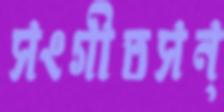
সংগীতসন্